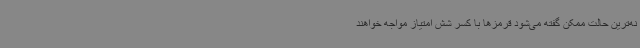
نه‌ترین حالت ممکن گفته می‌شود قرمزها با کسر شش امتیاز مواجه خواهند